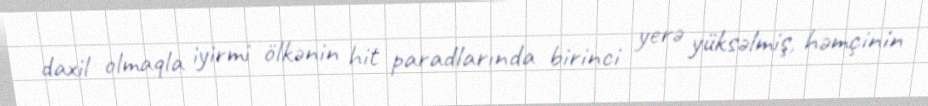
daxil olmaqla iyirmi ölkənin hit paradlarında birinci yerə yüksəlmiş, həmçinin